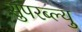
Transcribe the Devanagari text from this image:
सुपरब्ल्यु